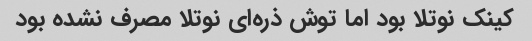
کینک نوتلا بود اما توش ذره‌ای نوتلا مصرف نشده بود